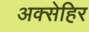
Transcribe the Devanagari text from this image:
अक्सेहिर